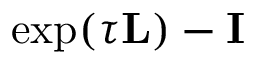
\exp ( \tau \mathbf { L } ) - \mathbf { I }